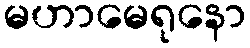
မဟာမေရုနော